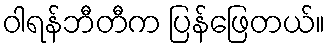
ဝါရန်ဘီတီက ပြန်ဖြေတယ်။